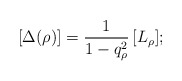
\begin{align*}[\Delta(\rho )] = \frac{1}{1-q_\rho^2}\,[L_\rho ] ;\end{align*}